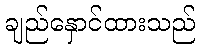
ချည်နှောင်ထားသည်